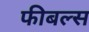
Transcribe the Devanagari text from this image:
फीबल्स